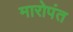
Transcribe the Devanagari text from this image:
मारोपंत